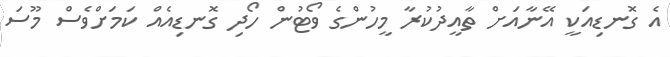
އެ ގޮނޑިއަކީ އޭނާއަށް ތާއީދުކުރާ މީހުންގެ ވޯޓުން ހޯދި ގޮނޑިއެއް ކަމަށްވެސް މޫސަ